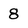
Character: 8